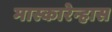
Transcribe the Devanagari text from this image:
मास्कारेन्हास